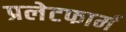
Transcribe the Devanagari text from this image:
प्रलेटफार्म